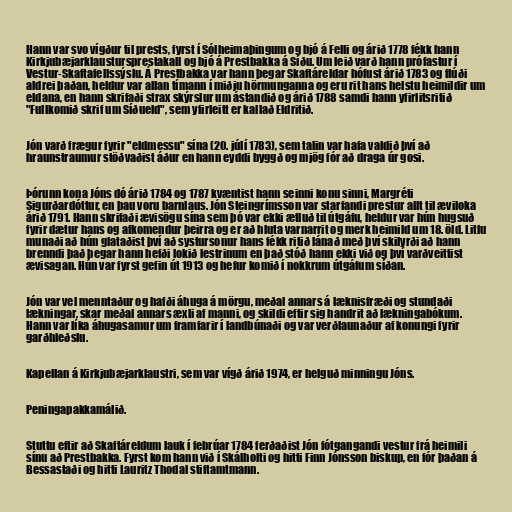
Hann var svo vígður til prests, fyrst í Sólheimaþingum og bjó á Felli og árið 1778 fékk hann
Kirkjubæjarklaustursprestakall og bjó á Prestbakka á Síðu. Um leið varð hann prófastur í
Vestur-Skaftafellssýslu. Á Prestbakka var hann þegar Skaftáreldar hófust árið 1783 og flúði
aldrei þaðan, heldur var allan tímann í miðju hörmunganna og eru rit hans helstu heimildir um
eldana, en hann skrifaði strax skýrslur um ástandið og árið 1788 samdi hann yfirlitsritið
"Fullkomið skrif um Síðueld", sem yfirleitt er kallað Eldritið.

Jón varð frægur fyrir "eldmessu" sína (20. júlí 1783), sem talin var hafa valdið því að
hraunstraumur stöðvaðist áður en hann eyddi byggð og mjög fór að draga úr gosi.

Þórunn kona Jóns dó árið 1784 og 1787 kvæntist hann seinni konu sinni, Margréti
Sigurðardóttur, en þau voru barnlaus. Jón Steingrímsson var starfandi prestur allt til æviloka
árið 1791. Hann skrifaði ævisögu sína sem þó var ekki ætluð til útgáfu, heldur var hún hugsuð
fyrir dætur hans og afkomendur þeirra og er að hluta varnarrit og merk heimild um 18. öld. Litlu
munaði að hún glataðist því að systursonur hans fékk ritið lánað með því skilyrði að hann
brenndi það þegar hann hefði lokið lestrinum en það stóð hann ekki við og því varðveittist
ævisagan. Hún var fyrst gefin út 1913 og hefur komið í nokkrum útgáfum síðan.

Jón var vel menntaður og hafði áhuga á mörgu, meðal annars á læknisfræði og stundaði
lækningar, skar meðal annars æxli af manni, og skildi eftir sig handrit að lækningabókum.
Hann var líka áhugasamur um framfarir í landbúnaði og var verðlaunaður af konungi fyrir
garðhleðslu.

Kapellan á Kirkjubæjarklaustri, sem var vígð árið 1974, er helguð minningu Jóns.

Peningapakkamálið.

Stuttu eftir að Skaftáreldum lauk í febrúar 1784 ferðaðist Jón fótgangandi vestur frá heimili
sínu að Prestbakka. Fyrst kom hann við í Skálholti og hitti Finn Jónsson biskup, en fór þaðan á
Bessastaði og hitti Lauritz Thodal stiftamtmann.